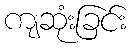
ကျဆုံးခြင်း